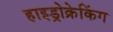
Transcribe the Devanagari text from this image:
हाइड्रोक्रेकिंग